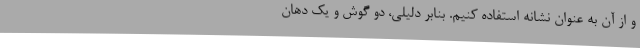
و از آن به عنوان نشانه استفاده کنیم. بنابر دلیلی، دو گوش و یک دهان